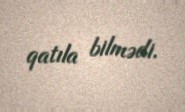
qatıla bilmədi.